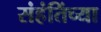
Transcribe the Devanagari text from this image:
संहंतिंच्या